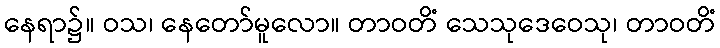
နေရာ၌။ ဝသ၊ နေတော်မူလော။ တာဝတိံ သေသုဒေဝေသု၊ တာဝတိံ